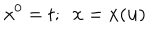
x ^ { 0 } = t ; ~ ~ { \bf x } = { \bf x } ( { \bf u } )